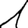
Digit: 1